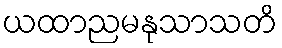
ယထာညမနုသာသတိ